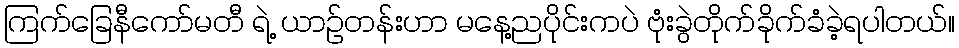
ကြက်ခြေနီကော်မတီ ရဲ့ ယာဉ်တန်းဟာ မနေ့ညပိုင်းကပဲ ဗုံးခွဲတိုက်ခိုက်ခံခဲ့ရပါတယ်။